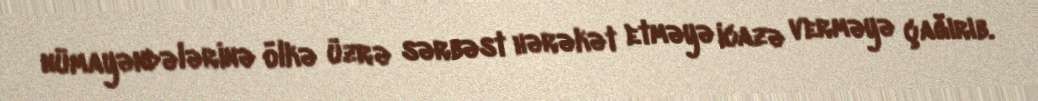
nümayəndələrinə ölkə üzrə sərbəst hərəkət etməyə icazə verməyə çağırıb.